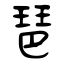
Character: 琶